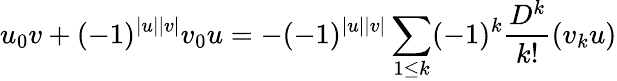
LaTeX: u_{0}v+(-1)^{|u||v|}v_{0}u=-(-1)^{|u||v|}\sum_{1\leq k}(-1)^{k}\frac{D^{k}}{k!}(v_{k}u)